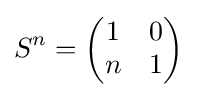
S^{n}={\begin{pmatrix}1&0\\n&1\end{pmatrix}}